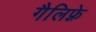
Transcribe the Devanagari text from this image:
गैलिफ़्रे